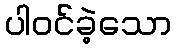
ပါဝင်ခဲ့သော